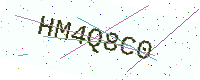
Text: HM4Q8C0